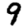
Digit: 9